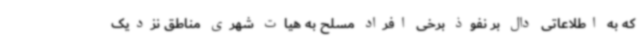
که به اطلاعاتی دال بر نفوذ برخی افراد مسلح به هیات شهری مناطق نزدیک